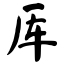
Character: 厍